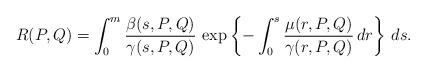
LaTeX: \begin{align*}& R(P,Q)= \int_0^m\displaystyle{\frac{\beta(s,P,Q)}{\gamma(s,P,Q)}} \,\exp\left\{-\int_0^s\displaystyle{\frac{\mu(r,P,Q)}{\gamma(r,P,Q)}}\,dr\right\}\,ds.\end{align*}